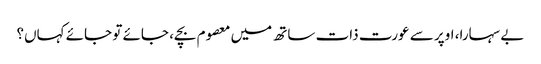
بے سہارا، اوپر سے عورت ذات ساتھ میں معصوم بچے، جائے تو جائے کہاں؟